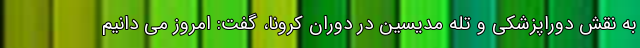
به نقش دوراپزشکی و تله مدیسین در دوران کرونا، گفت: امروز می دانیم